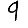
Digit: 9